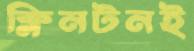
ক্লিনটনই